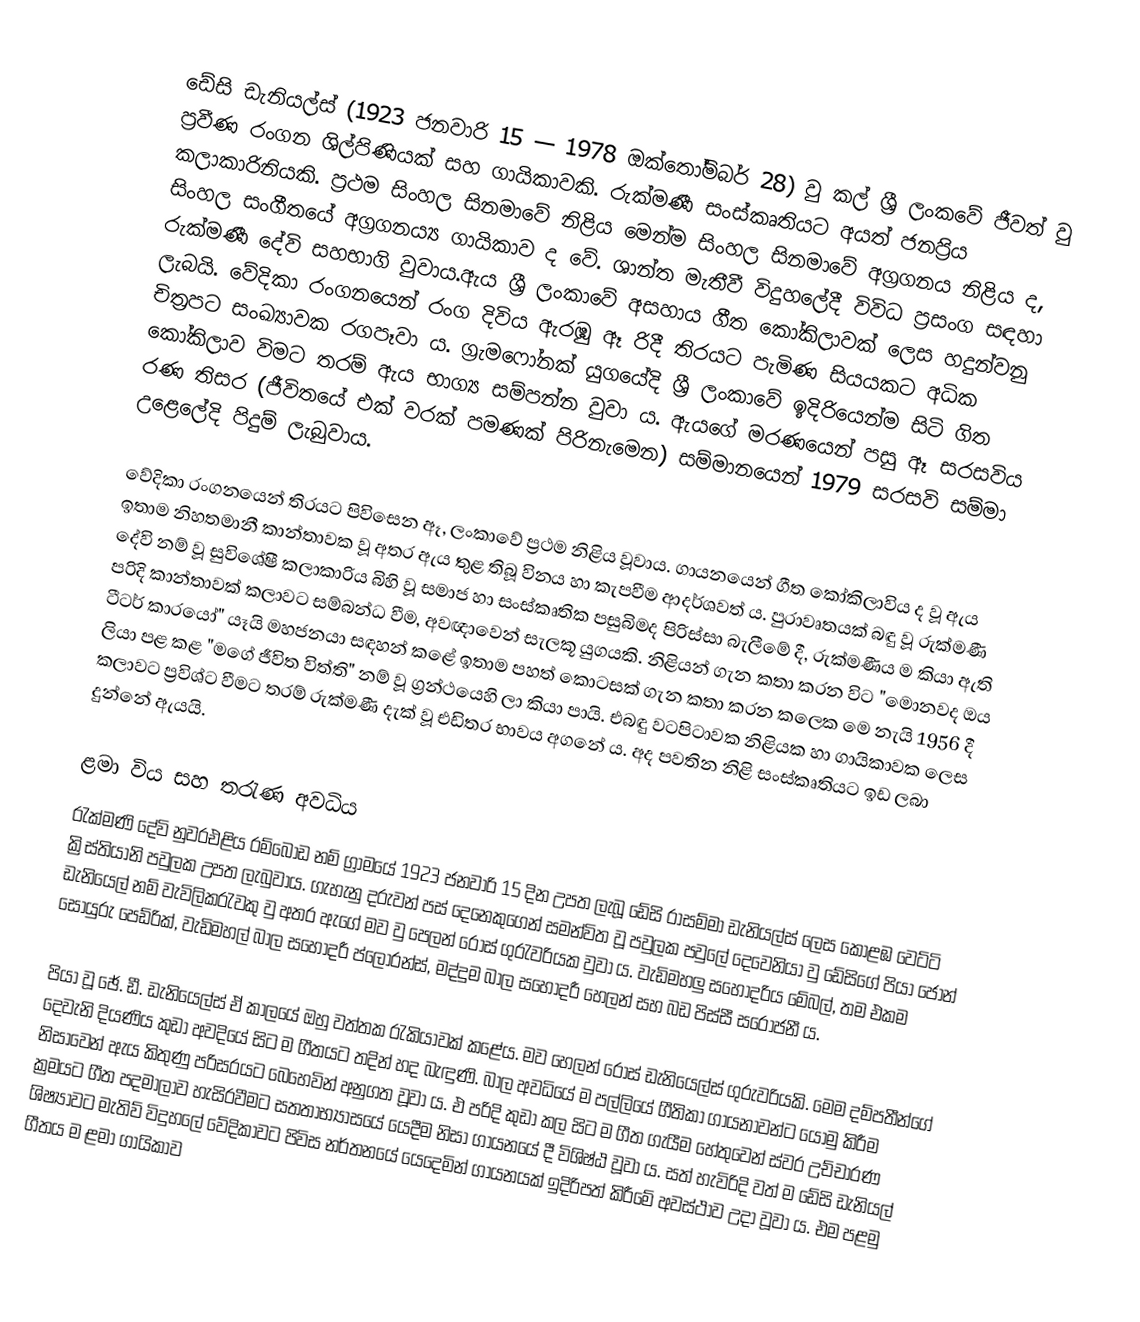
ඩේසි ඩැනියල්ස් (1923 ජනවාරි 15 — 1978 ඔක්තෝම්බර් 28) වු කල් ශ්‍රී ලංකවේ ජීවත් වු ප්‍රවීණ රංගන ශිල්පිණියක් සහ ගායිකාවකි. රුක්මණී සංස්කෘතියට අයත් ජනප්‍රිය කලාකාරිනියකි. ප්‍රථම සිංහල සිනමාවේ නිළිය මෙන්ම සිංහල සිනමාවේ අග්‍රගනය නිළිය ද, සිංහල සංගීතයේ අග්‍රගනය්‍ය ගායිකාව ද වේ. ශාන්ත මැතීවී විදුහලේදී විවිධ ප්‍රසංග සඳහා රුක්මණී දේවි සහභාගි වුවාය.ඇය ශ්‍රී ලංකාවේ අසහාය ගීත කෝකිලාවක් ලෙස හදුන්වනු ලැබයි. වේදිකා රංගනයෙන් රංග දිවිය ඇරඹු ඈ රිදී තිරයට පැමිණ සියයකට අධික චිත්‍රපට සංඛ්‍යාවක රගපෑවා ය. ග්‍රැමෆෝනක් යුගයේදි ශ්‍රී ලංකාවේ ඉදිරියෙන්ම සිටි ගිත කෝකිලාව විමට තරම් ඇය භාග්‍ය සම්පන්න වුවා ය. ඇයගේ මරණයෙන් පසු ඈ සරසවිය රණ තිසර (ජීවිතයේ එක් වරක් පමණක් පිරිනැමෙන) සම්මානයෙන් 1979 සරසවි සම්මා උළෙලේදි පිදුම් ලැබුවාය.

වේදිකා රංගනයෙන් තිරයට පිවිසෙන ඈ, ලංකාවේ ප්‍රථම නිළිය වූවාය. ගායනයෙන් ගීත කෝකිලාවිය ද වූ ඇය ඉතාම නිහතමානී කාන්තාවක වූ අතර ඇය තුළ තිබූ විනය හා කැපවීම ආදර්ශවත් ය. පුරාවෘතයක්‌ බඳු වූ රුක්‌මණී දේවි නම් වූ සුවිශේෂී කලාකාරිය බිහි වූ සමාජ හා සංස්‌කෘතික පසුබිමද පිරිස්‌සා බැලීමේ දී, රුක්‌මණීය ම කියා ඇති පරිදි කාන්තාවක්‌ කලාවට සම්බන්ධ වීම, අවඥාවෙන් සැලකූ යුගයකි. නිළියන් ගැන කතා කරන විට "මොනවද ඔය ටීටර් කාරයෝ" යෑයි මහජනයා සඳහන් කළේ ඉතාම පහත් කොටසක්‌ ගැන කතා කරන කලෙක මෙ නැයි 1956 දී ලියා පළ කළ "මගේ ජීවිත විත්ති" නම් වූ ග්‍රන්ථයෙහි ලා කියා පායි. එබඳු වටපිටාවක නිළියක හා ගායිකාවක ලෙස කලාවට ප්‍රවිශ්ට වීමට තරම් රුක්‌මණී දැක්‌ වූ එඩිතර භාවය අගනේ ය. අද පවතින නිළි සංස්කෘතියට ඉඩ ලබා දුන්නේ ඇයයි.

ළමා විය සහ තරැණ අවධිය
රැක්මණි දේවි නුවරඑළිය රම්බොඩ නම් ග්‍රාමයේ 1923 ජනවාරි 15 දින උපත ලැබූ ඩේසි රාසම්මා ඩැනියල්ස් ලෙස කොළඹ වෙට්ටි ක්‍රිස්තියානි පවුලක උපත ලැබුවාය. ගැහැනු දරුවන් පස් දෙනෙකුගෙන් සමන්විත වූ පවුලක පවුලේ දෙවෙනියා වු ඩේසිගේ පියා ජෝන් ඩැනියෙල් නම් වැවිලිකරැවකු වු අතර ඇගේ මව වු පෙලන් රෝස් ගුරැවරියක වුවා ය. වැඩිමහලු සහෝදරිය මේබල්, තම එකම සොයුරු පෙඩ්රික්‌, වැඩිමහල් බාල සහෝදරී ප්ලොරන්ස්‌, මද්දුම බාල සහෝදරී හෙලන් සහ බඩ පිස්සී සරෝජනී ය.

පියා වූ ඡේ. ඩී. ඩැනියෙල්ස්‌ ඒ කාලයේ ඔහු වත්තක රැකියාවක්‌ කළේය. මව හෙලන් රෝස්‌ ඩැනියෙල්ස්‌ ගුරුවරියකි. මෙම දම්පතීන්ගේ දෙවැනි දියණිය කුඩා අවදියේ සිට ම ගීතයට තදින් හද බැඳුණි. බාල අවධියේ ම පල්ලියේ ගීතිකා ගායනාවන්ට යොමු කිරීම නිසාවෙන් ඇය කිතුණු පරිසරයට බෙහෙවින් අනුගත වූවා ය. එ පරිදි කුඩා කල සිට ම ගීත ගැයීම හේතුවෙන් ස්වර උච්චාරණ ක්‍රමයට ගීත පදමාලාව හැසිරවීමට සතතාභ්‍යාසයේ යෙදීම නිසා ගායනයේ දී විශිෂ්ඨ වූවා ය. සත් හැවිරිදි වත් ම ඩේසි ඩැනියල් ශිෂ්‍යාවට මැතිව් විදුහලේ වේදිකාවට පිවිස නර්තනයේ යෙදෙමින් ගායනයක් ඉදිරිපත් කිරීමේ අවස්ථාව උදා වූවා ය. එම පළමු ගීතය ම ළමා ගායිකාව